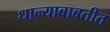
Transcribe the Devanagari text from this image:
धान्याबाबतीत